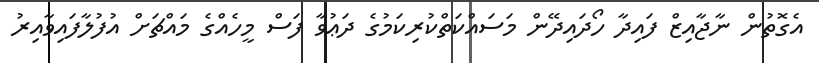
އެގޮތުން ނާޖާއިޒް ފައިދާ ހޯދައިދޭން މަސައްކަތްކުރިކަމުގެ ދަޢުވާ ފަސް މީހެއްގެ މައްޗަށް އުފުލާފައިވާއިރު